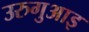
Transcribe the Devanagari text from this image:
उरुगुआइ